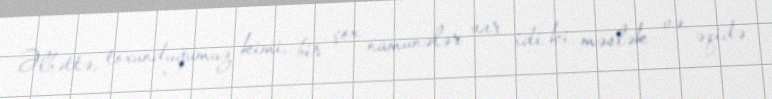
Əlbəttə, toxunduğumuz kimi, bir çox nümunələr var idi ki, məslək və əqidə